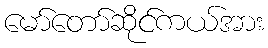
မော်တော်ဆိုင်ကယ်အား